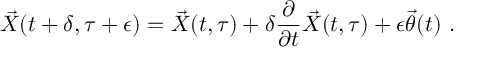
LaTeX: { \vec { X } } ( t + \delta , \tau + \epsilon ) = { \vec { X } } ( t , \tau ) + \delta \frac { \partial } { \partial t } { \vec { X } } ( t , \tau ) + \epsilon { \vec { \theta } } ( t ) \ .